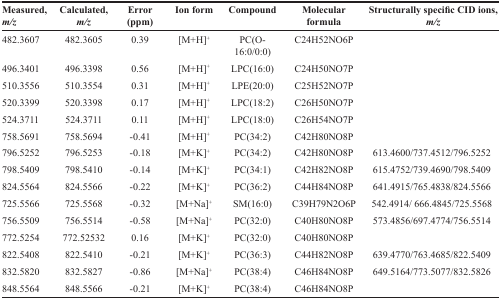
<table><thead><tr><td><b>Measured,<i>m/z</i></b></td><td><b>Calculated,<i>m/z</i></b></td><td><b>Error(ppm)</b></td><td><b>Ion form</b></td><td><b>Compound</b></td><td><b>Molecularformula</b></td><td><b>Structurally specific CID ions,<i>m/z</i></b></td></tr></thead><tbody><tr><td>482.3607</td><td>482.3605</td><td>0.39</td><td>[M+H]<sup>+</sup></td><td>PC(O-16:0/0:0)</td><td>C24H52NO6P</td><td></td></tr><tr><td>496.3401</td><td>496.3398</td><td>0.56</td><td>[M+H]<sup>+</sup></td><td>LPC(16:0)</td><td>C24H50NO7P</td><td></td></tr><tr><td>510.3556</td><td>510.3554</td><td>0.31</td><td>[M+H]<sup>+</sup></td><td>LPE(20:0)</td><td>C25H52NO7P</td><td></td></tr><tr><td>520.3399</td><td>520.3398</td><td>0.17</td><td>[M+H]<sup>+</sup></td><td>LPC(18:2)</td><td>C26H50NO7P</td><td></td></tr><tr><td>524.3711</td><td>524.3711</td><td>0.11</td><td>[M+H]<sup>+</sup></td><td>LPC(18:0)</td><td>C26H54NO7P</td><td></td></tr><tr><td>758.5691</td><td>758.5694</td><td>-0.41</td><td>[M+H]<sup>+</sup></td><td>PC(34:2)</td><td>C42H80NO8P</td><td></td></tr><tr><td>796.5252</td><td>796.5253</td><td>-0.18</td><td>[M+K]<sup>+</sup></td><td>PC(34:2)</td><td>C42H80NO8P</td><td>613.4600/737.4512/796.5252</td></tr><tr><td>798.5409</td><td>798.5410</td><td>-0.14</td><td>[M+K]<sup>+</sup></td><td>PC(34:1)</td><td>C42H82NO8P</td><td>615.4752/739.4690/798.5409</td></tr><tr><td>824.5564</td><td>824.5566</td><td>-0.22</td><td>[M+K]<sup>+</sup></td><td>PC(36:2)</td><td>C44H84NO8P</td><td>641.4915/765.4838/824.5566</td></tr><tr><td>725.5566</td><td>725.5568</td><td>-0.32</td><td>[M+Na]<sup>+</sup></td><td>SM(16:0)</td><td>C39H79N2O6P</td><td>542.4914/ 666.4845/725.5568</td></tr><tr><td>756.5509</td><td>756.5514</td><td>-0.58</td><td>[M+Na]<sup>+</sup></td><td>PC(32:0)</td><td>C40H80NO8P</td><td>573.4856/697.4774/756.5514</td></tr><tr><td>772.5254</td><td>772.52532</td><td>0.16</td><td>[M+K]<sup>+</sup></td><td>PC(32:0)</td><td>C40H80NO8P</td><td></td></tr><tr><td>822.5408</td><td>822.5410</td><td>-0.21</td><td>[M+K]<sup>+</sup></td><td>PC(36:3)</td><td>C44H82NO8P</td><td>639.4770/763.4685/822.5409</td></tr><tr><td>832.5820</td><td>832.5827</td><td>-0.86</td><td>[M+Na]<sup>+</sup></td><td>PC(38:4)</td><td>C46H84NO8P</td><td>649.5164/773.5077/832.5826</td></tr><tr><td>848.5564</td><td>848.5566</td><td>-0.21</td><td>[M+K]<sup>+</sup></td><td>PC(38:4)</td><td>C46H84NO8P</td><td></td></tr></tbody></table>